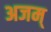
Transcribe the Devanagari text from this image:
अजम्